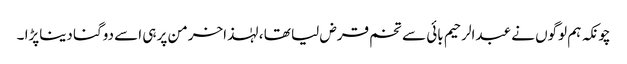
چونکہ ہم لوگوں نے عبدالرحیم بائی سے تخم قرض لیا تھا ، لہٰذاخرمن پر ہی اسے دوگنا دیناپڑا ۔